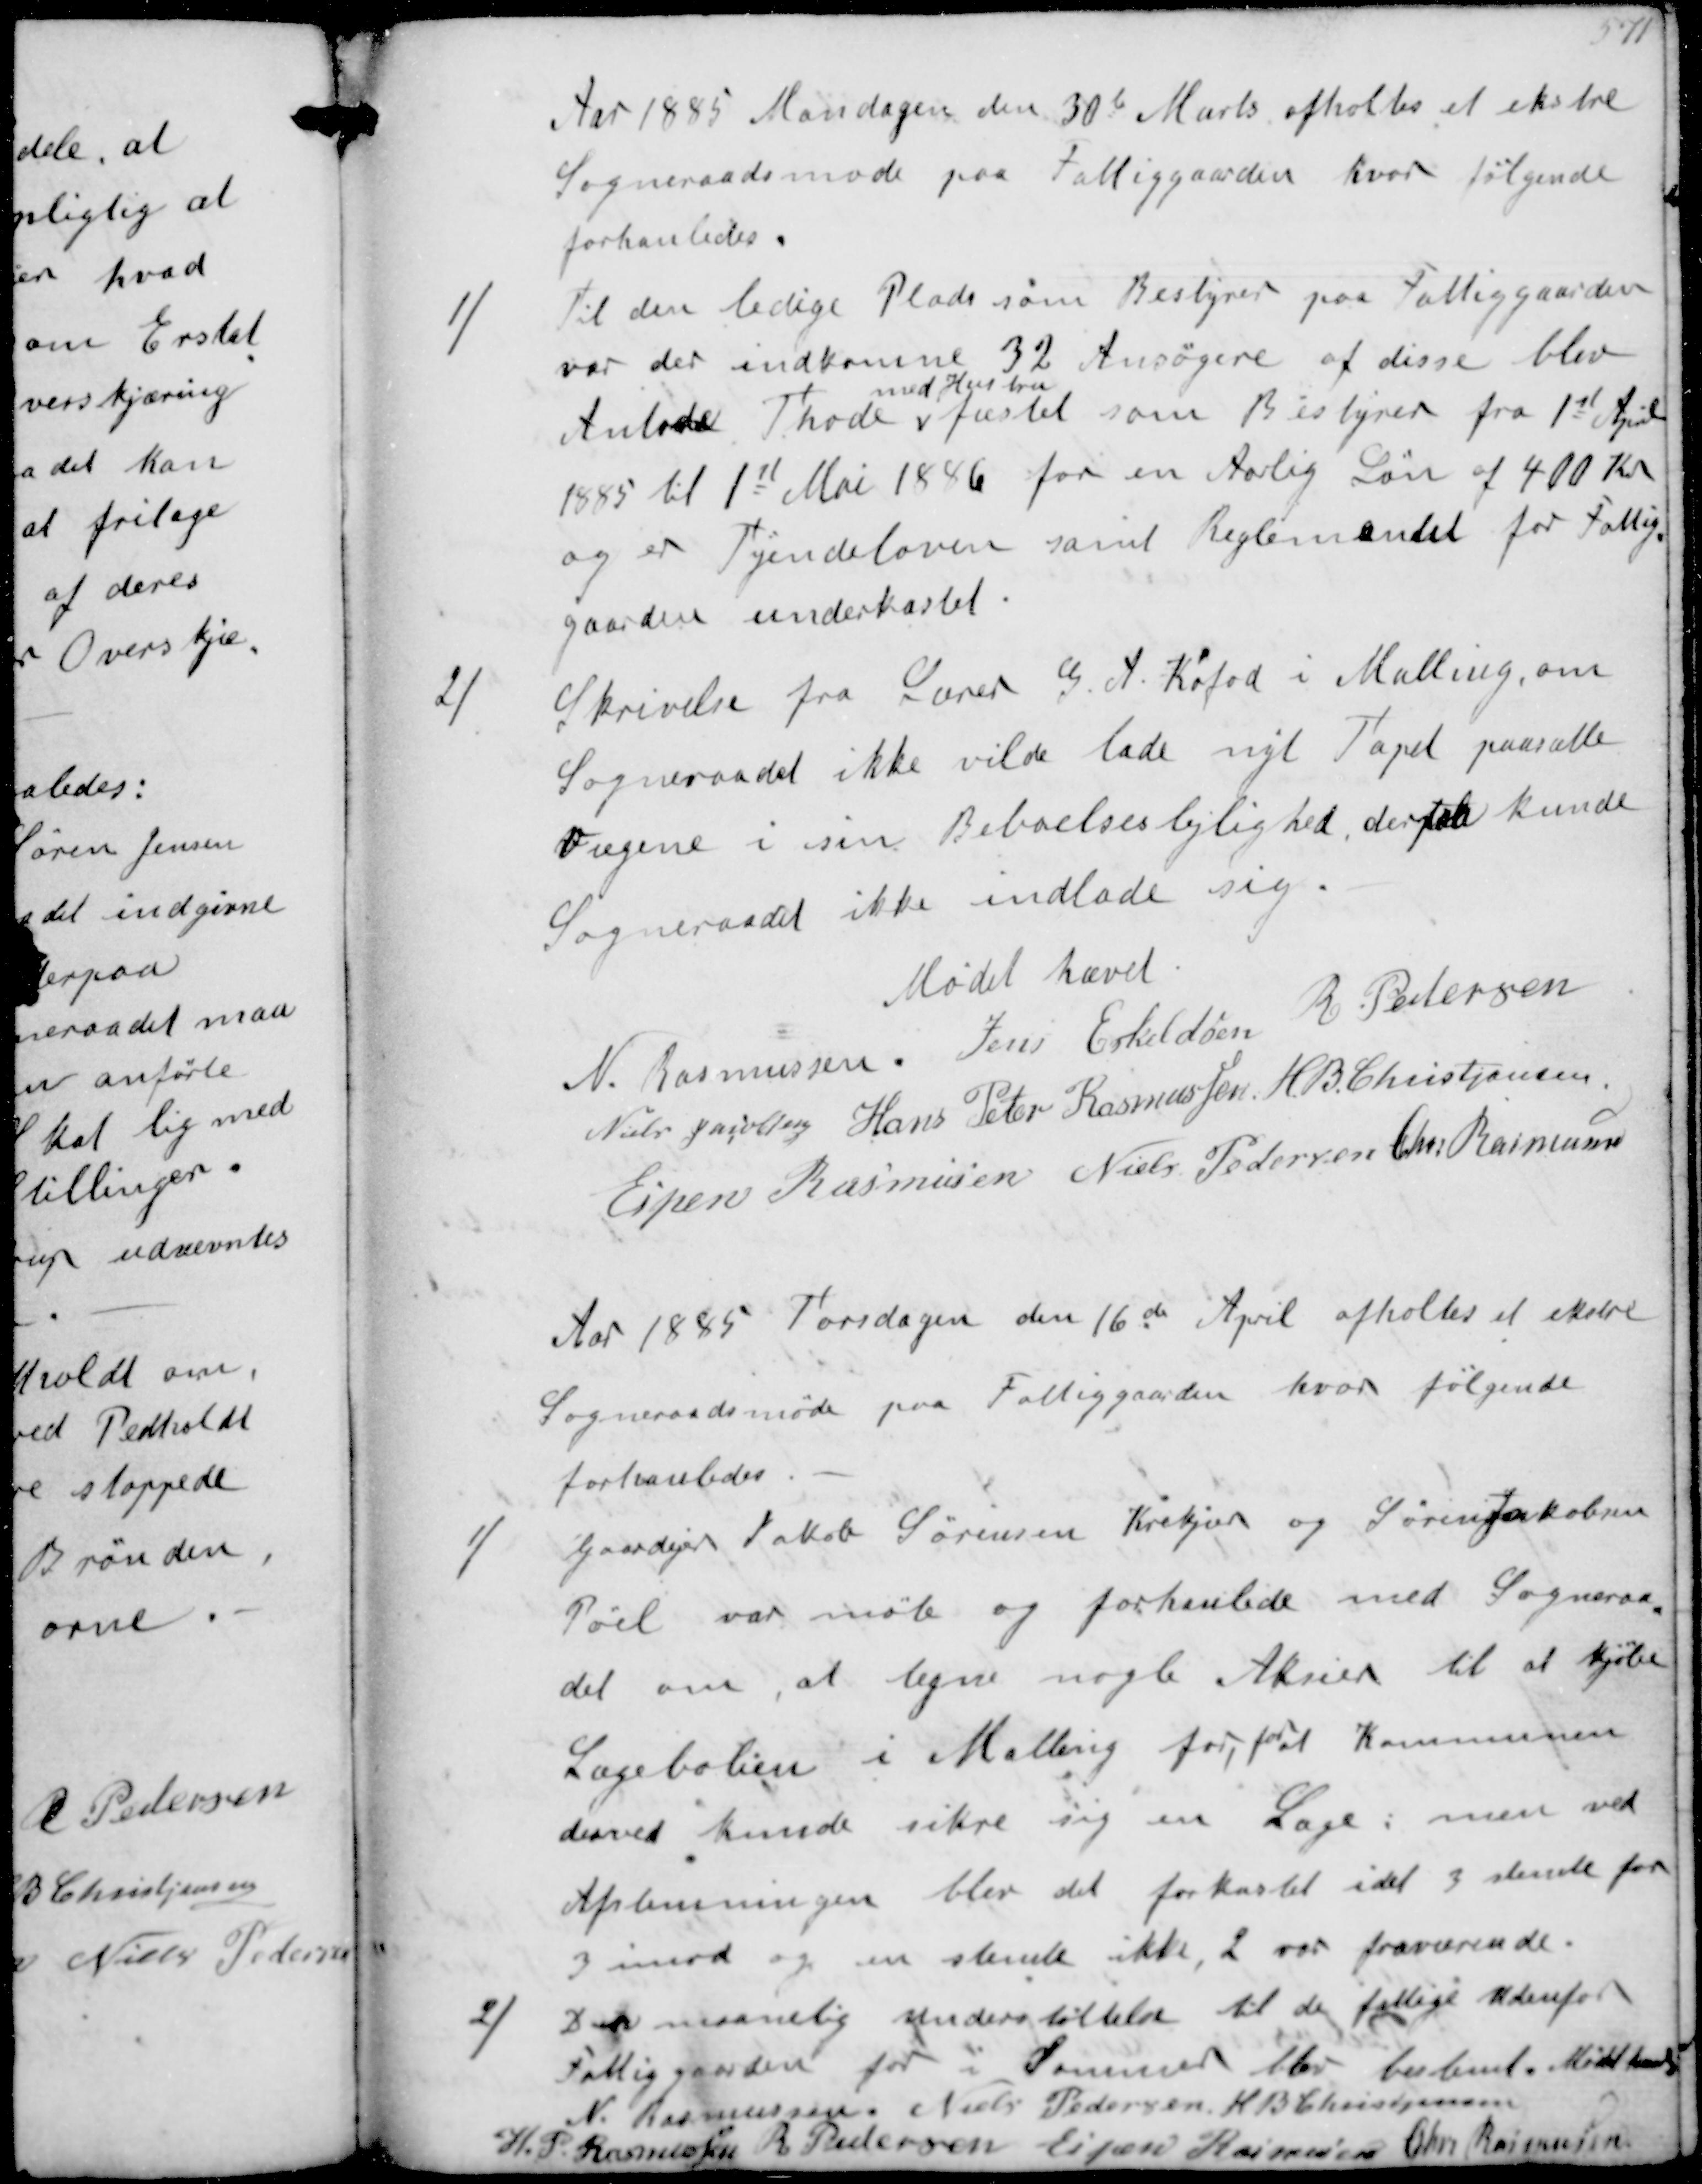
Transskription:
Aar 1885 den 30te Marts afholtes et ekstre
Sogneraadsmøde paa Fattiggaarden hvor følgende
forhanledes
1/
Til den ledige Plads som Bestyrer paa Fattiggaarden
var der indkomne 32 Ansøgere  af disse blev
Anlode Thode 
med Hustru
fæstet som Bestyrer fra 1st April
1885 til 1st Mai 1886 for en Aarlig Løn af 400 Kr
og er Tyendeloven samt Reglementet for Fattig-
gaarden underkastet
2/
Skrivelse fra Lærer G A Kofod i Malling om
Sogneraadet ikke vilde lade nyt Tapet paasætte
Vægene i sin Beboelseslejlighed, derpaa kunde
Sogneraadet ikke indlade sig
Mødet hævet
N Rasmussen
Jens Eskeldsen
R Pedersen
Niels Jacobsen
Hans Peter Rasmussen
H B Christjansen
Espen Rasmussen
Niels Pedersen
Chr Rasmussen
Aar 1885 Torsdagen den 16de April afholtes et ekstre
Sogneraadsmøde paa Fattiggaarden hvor følgende
forhanledes
1/
Gaardejer Jakob Sørensen Krekjær og Søren Jakobsen
Pøel var møte og forhanlede med Sogneraa-
det om, at tegne nogle Aktier til at kjøbe
Lægebolien i Malling for, for at Kommunen
derved kunde sikre sig en Læge, med ved
Afstemningen blev det forkastet idet 3 stemte for
3 imod og en stemte ikke, 2 var fraværende
2/
Den maanedlig Understøttelse til de fattige Udenfor
Fattiggaarden for i Sommer blev bestemt. Mødet hævet
N Rasmussen
Niels Pedersen
H B Christjansen
H P Rasmussen
R Pedersen
Espen Rasmussen
Chr Rasmussen